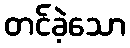
တင်ခဲ့သော